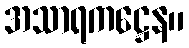
အသာရကဋ္ဌေန။